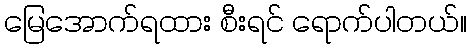
မြေအောက်ရထား စီးရင် ရောက်ပါတယ်။